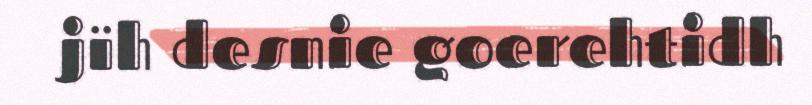
jïh desnie goerehtidh